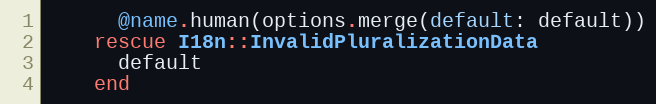
Language: Ruby
      @name.human(options.merge(default: default))
    rescue I18n::InvalidPluralizationData
      default
    end